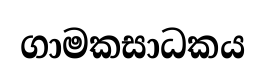
ගාමකසාධකය